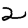
Digit: 2